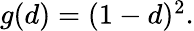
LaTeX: \begin{array}{r}{g(d)=(1-d)^{2}.}\end{array}